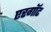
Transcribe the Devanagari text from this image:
एरगॉट